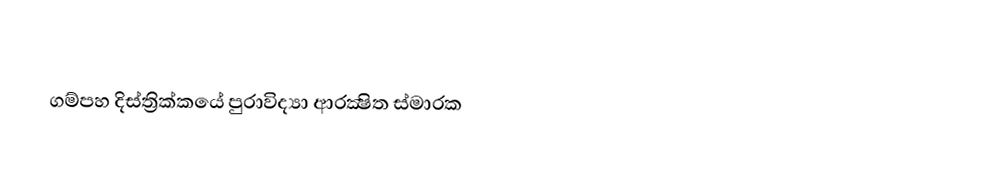
ගම්පහ දිස්ත්‍රික්කයේ පුරාවිද්‍යා ආරක්‍ෂිත ස්මාරක